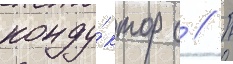
конду́ктор с // П